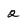
Character: 2